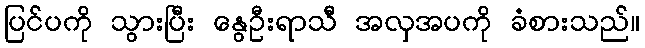
ပြင်ပကို သွားပြီး နွေဦးရာသီ အလှအပကို ခံစားသည်။